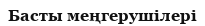
Басты меңгерушілері